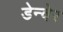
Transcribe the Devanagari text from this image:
डेन्वेर